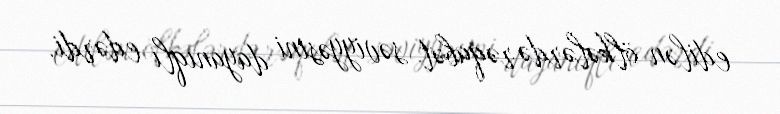
edilən ölkələrdə rəqabət səviyyəsini dayanıqlı edərdi.